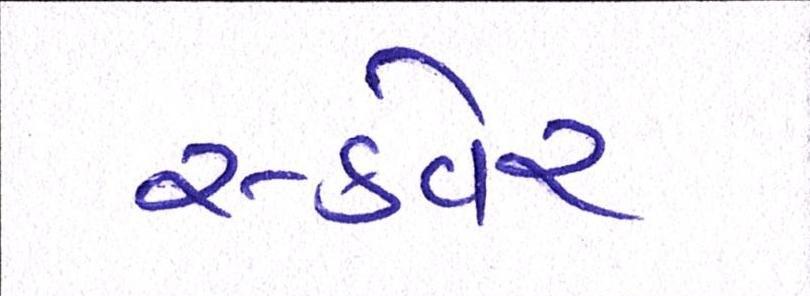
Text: સ્કવેર